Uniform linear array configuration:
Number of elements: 12
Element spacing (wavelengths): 0.25
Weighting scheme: uniform
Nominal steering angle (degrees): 15
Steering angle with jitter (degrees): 16.752
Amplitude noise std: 0.05
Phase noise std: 0.05

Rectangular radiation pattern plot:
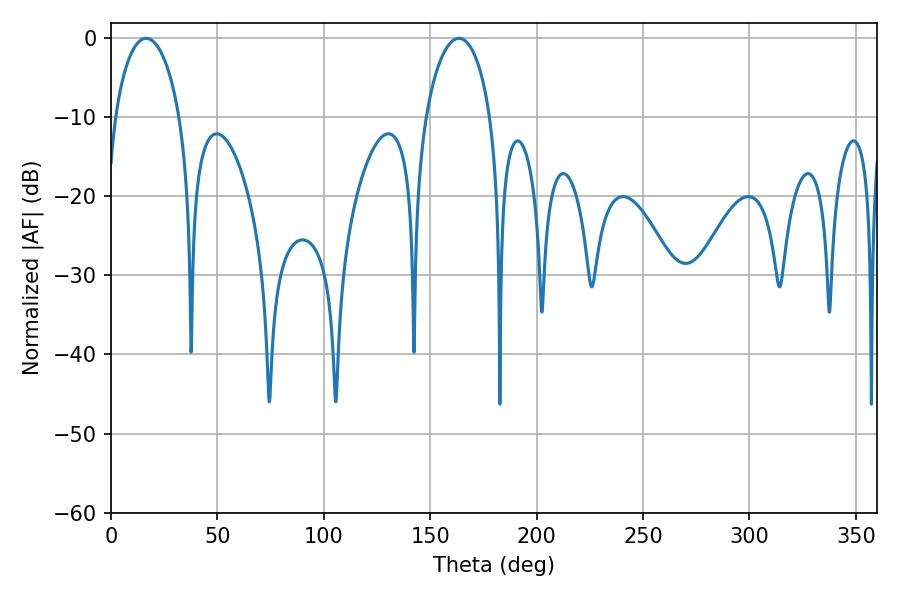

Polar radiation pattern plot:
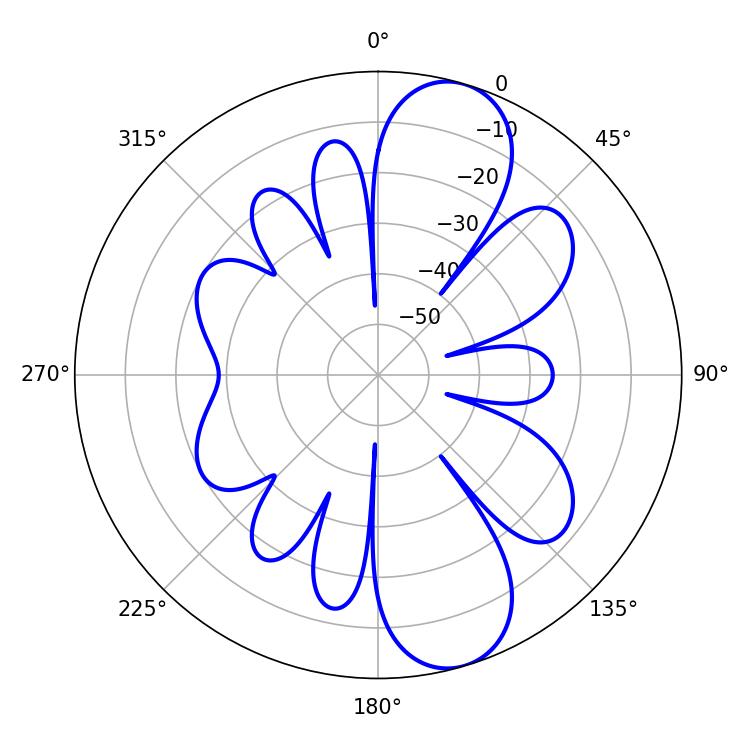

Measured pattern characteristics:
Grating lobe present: FALSE
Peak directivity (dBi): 10.121
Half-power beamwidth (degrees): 17.46
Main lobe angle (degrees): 16.56